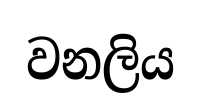
වනලිය